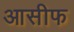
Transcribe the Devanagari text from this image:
आसीफ